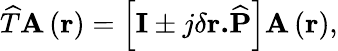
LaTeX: \widehat{T}\mathbf{A}\left(\mathbf{r}\right)=\left[\mathbf{I}\pm j\delta\mathbf{r.}\widehat{\mathbf{P}}\right]\mathbf{A}\left(\mathbf{r}\right),